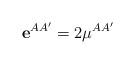
LaTeX: \begin{align*}\mathbf{e}^{AA^{\prime}}=2\mu^{AA^{\prime}}\end{align*}